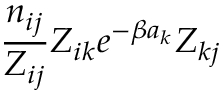
\frac { n _ { i j } } { Z _ { i j } } Z _ { i k } e ^ { - \beta a _ { k } } Z _ { k j }